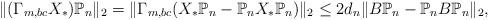
LaTeX: \begin{align*}\|(\Gamma_{m, bc}X_*)\mathbb{P}_n\|_2 = \|\Gamma_{m, bc}(X_*\mathbb{P}_n-\mathbb{P}_nX_*\mathbb{P}_n)\|_2\leq2d_n\|B\mathbb{P}_n - \mathbb{P}_nB\mathbb{P}_n\|_2,\end{align*}